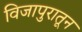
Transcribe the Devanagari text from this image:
विजापुरातून